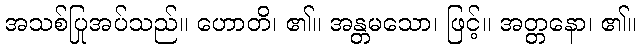
အသစ်ပြုအပ်သည်။ ဟောတိ၊ ၏။ အန္တမသော၊ ဖြင့်။ အတ္တနော၊ ၏။